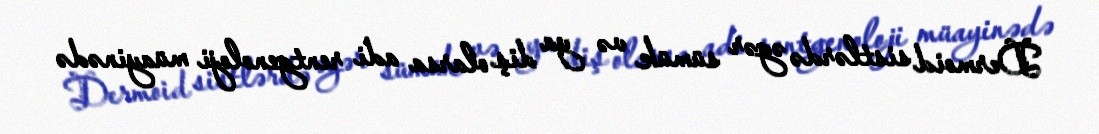
Dermoid sistlərdə əgər sümük və ya diş olarsa adi rentgenoloji müayinədə